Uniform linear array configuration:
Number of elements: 64
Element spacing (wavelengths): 0.25
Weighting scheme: exponential
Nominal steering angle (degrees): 15
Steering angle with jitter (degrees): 13.835
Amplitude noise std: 0.05
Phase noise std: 0.05

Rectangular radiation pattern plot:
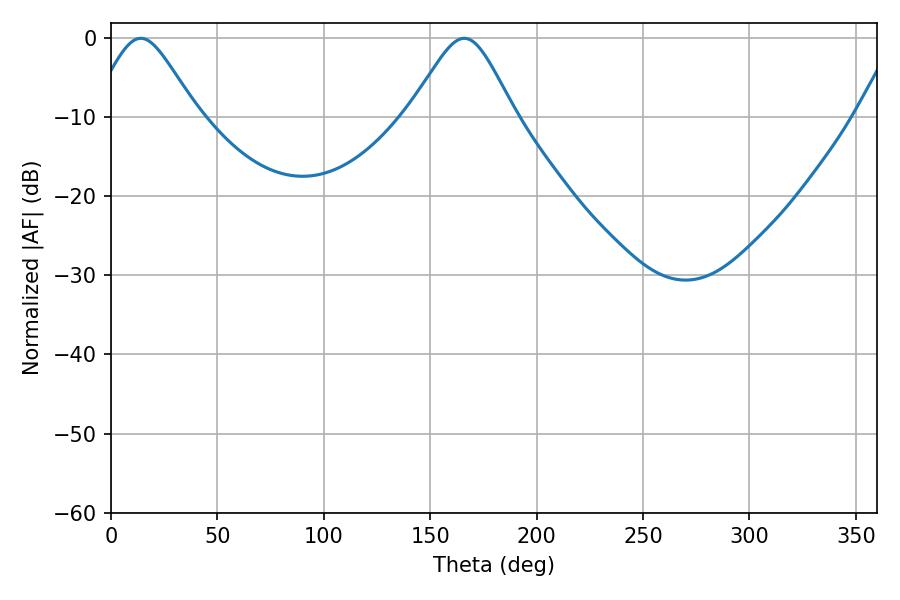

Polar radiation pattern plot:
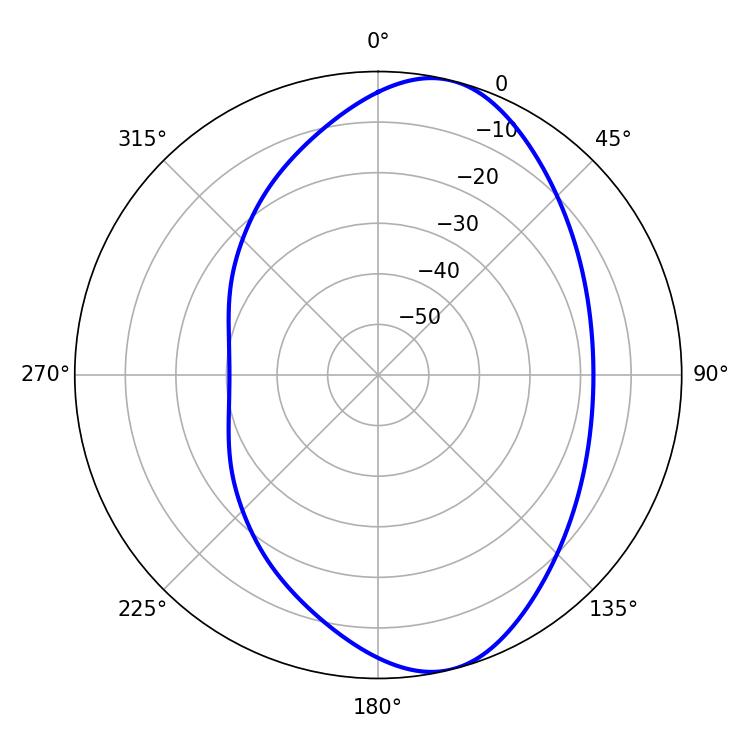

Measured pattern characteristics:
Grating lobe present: FALSE
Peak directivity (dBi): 8.555
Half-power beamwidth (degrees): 24.12
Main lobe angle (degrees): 14.04